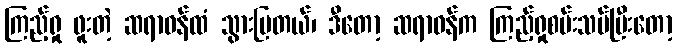
ကြည့်ရှု ဖူးတဲ့ ဆရာဝန်ထံ သွားပြတယ်၊ ဒီတော့ ဆရာဝန်က ကြည့်ရှုစမ်းသပ်ပြီးတော့